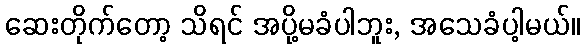
ဆေးတိုက်တော့ သိရင် အပို့မခံပါဘူး, အသေခံပါ့မယ်။